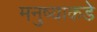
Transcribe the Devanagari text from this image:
मनुष्याकडे